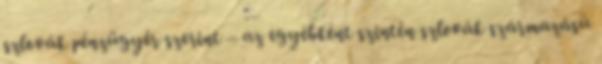
szlovák pénzügyér szerint – az egyébként szintén szlovák származású